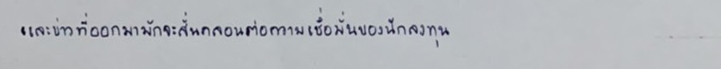
และข่าวที่ออกมามักจะสั่นคลอนต่อความเชื่อมั่นของนักลงทุน